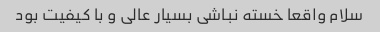
سلام واقعا خسته نباشی بسیار عالی و با کیفیت بود